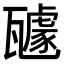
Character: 𭺥